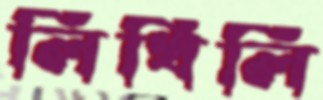
লিখিলি